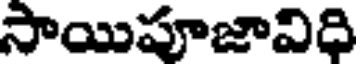
సాయిపూజావిధి